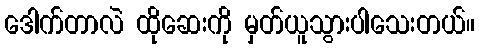
ဒေါက်တာလဲ ထိုဆေးကို မှတ်ယူသွားပါသေးတယ်။